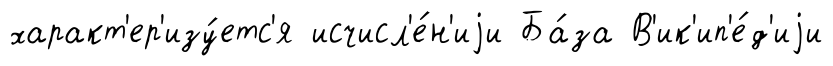
характ'ер'изу́етс'я исчисл'е́н'иjи Ба́за В'ик'ип'е́д'иjи